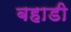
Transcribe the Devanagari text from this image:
बहाडी